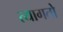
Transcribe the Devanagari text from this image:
त्यागतो